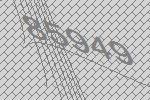
85949